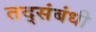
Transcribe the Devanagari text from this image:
तद्संबंधी